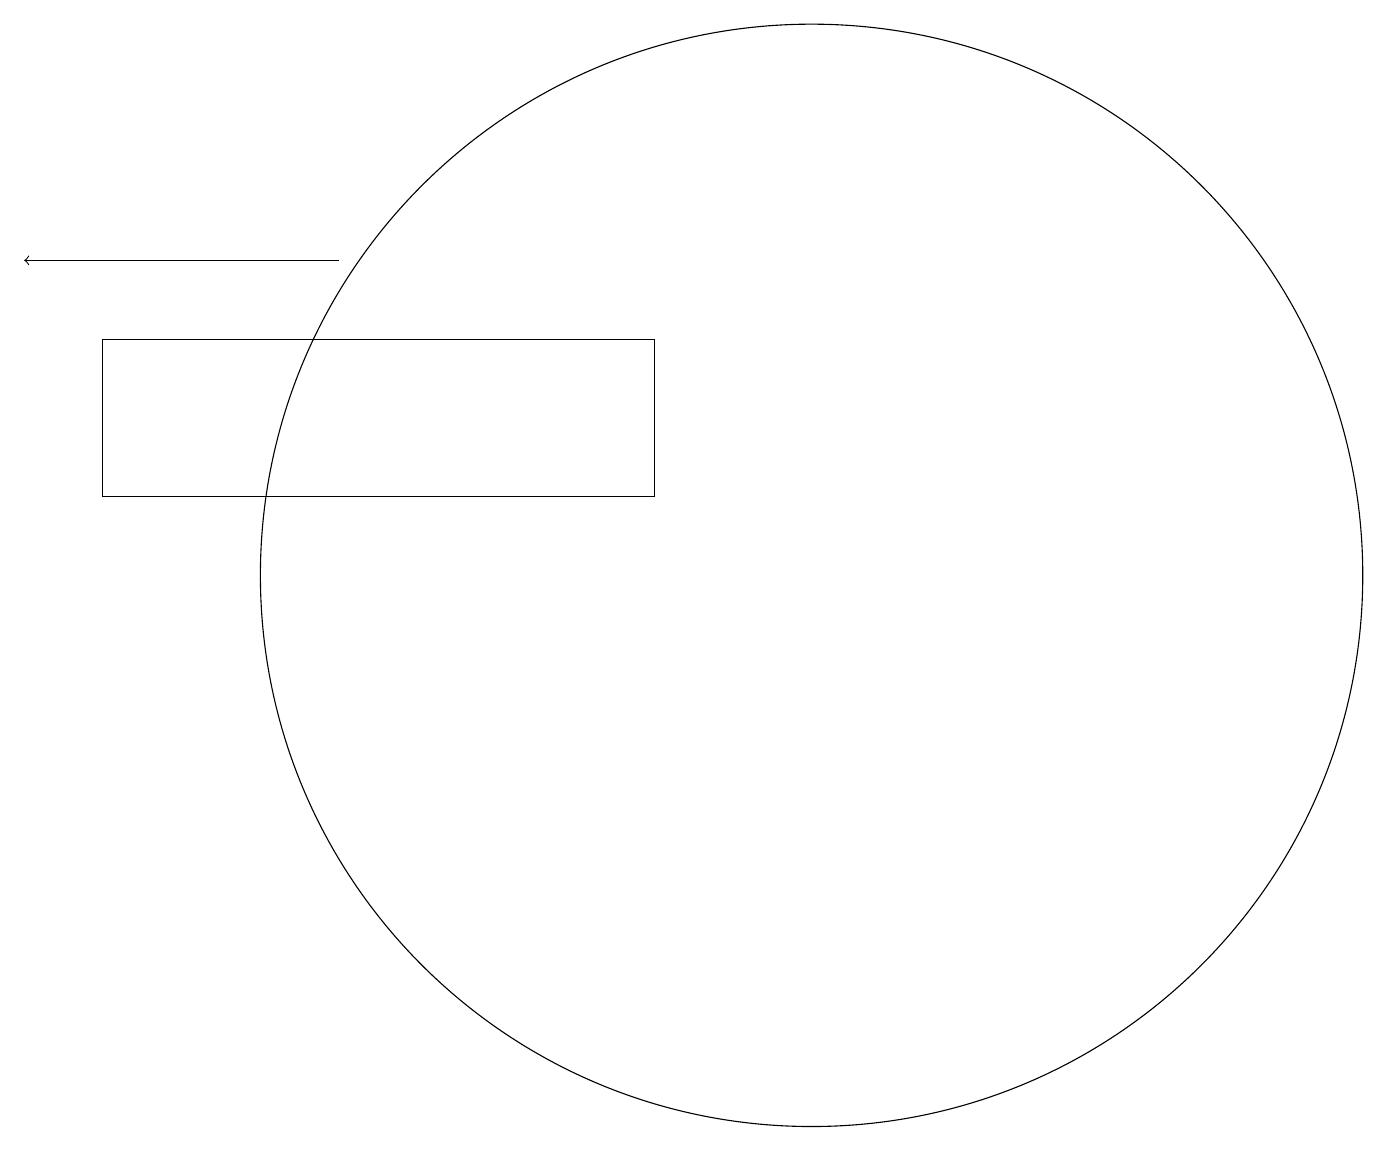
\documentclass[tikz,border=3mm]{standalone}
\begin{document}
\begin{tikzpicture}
\draw[->] (4,15) -- (0,15);
\draw (1,14) rectangle (8,12);
\draw (10,11) circle (7);
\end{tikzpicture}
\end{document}